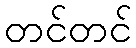
တင်တင်